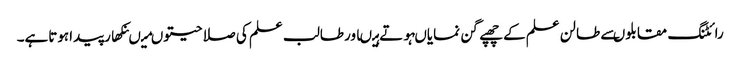
رائٹنگ مقابلوںسے طالن علم کے چھپے گن نمایاںہوتے ہیںاورطالب علم کی صلا حیتوںمیںنکھارپیداہوتاہے۔